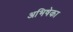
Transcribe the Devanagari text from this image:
अभिषेका